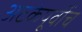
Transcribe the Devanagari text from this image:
अटकेपूर्वीच